Annual report on the working of the mental hospitals in the Madras Presidency - 1912-1932
Year: 1912
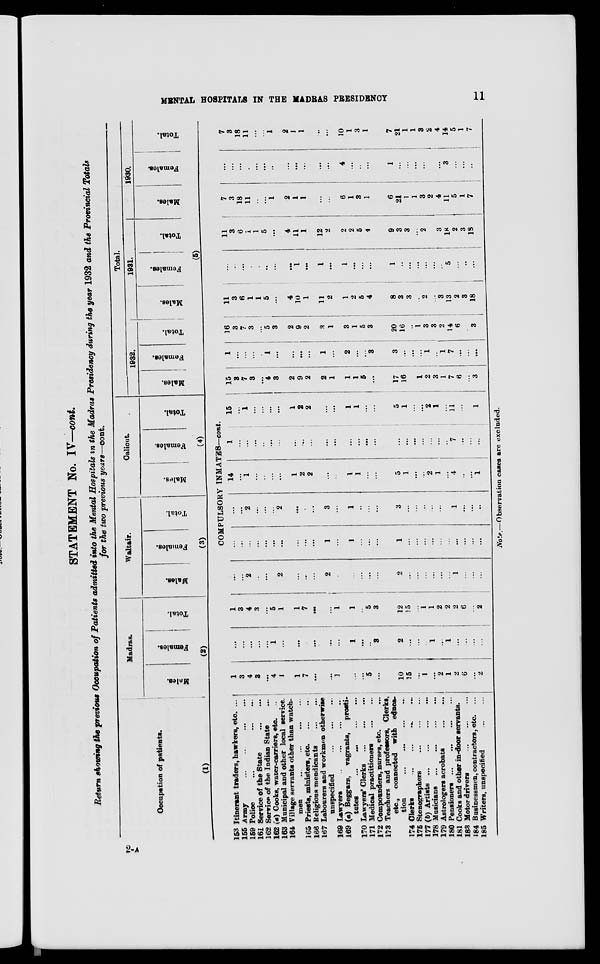
MENTAL HOSPITALS IN THE MADRAS PRESIDENCY
11
STATEMENT No. IV—cont.
Return showing the previous Occupation of Patients admitted into the Mental Hospitals in the Madras Presidency during the year 1932 and the Provincial Totals
for the two previous years—cont.
Occupation of patients.
(1)
153
155
159
161
162
162
163
164
165
166
167
169
169
170
171
172
173
174
175
177
178
179
180
181
183
184
185
Itinerant traders, hawkers, etc. ...
Army ... ... ... ...
Police ... ... ... ...
Service of the State
...
...
Service of the Indian State ...
(a) Cooks, water-carriers, etc. ...
Municipal and other local service.
Village servants other than watch-
men ... ... ... ...
Priests, ministers, etc.
...
...
Religious mendicants
...
...
Labourers and workman otherwise
unspecified
...
...
...
Lawyers
...
...
...
...
(a) Beggars,
vagrants,
prosti-
tutes
...
...
...
...
Lawyers' Clerks
...
...
...
Medical practitioners
...
...
Compounders, nurses, etc. ...
Teachers and professors, Clerks,
etc., connected with educa-
tion
...
... ... ...
Clerks
...
...
...
...
Stenographers
...
...
...
(b)
Artists
...
...
...
...
Musicians
...
...
...
...
Astrologers acrobats
...
...
Pensioners ...
...
...
Cooks and other in-door servants.
Motor drivers
...
...
...
Businessmen, contractors, etc. ...
Writers, unspecified ... ...
Madras.
Males.
Females. Total.
(2)
Waltair.
Males.
Females. Total.
(3)
Calicut.
Males.
Females. Total.
(4)
Total.
1932.
Males. Females. Total.
1931.
Males.
Females.
Total.
1930.
Males.
Females.
Total.
(5)
COMPULSORY INMATES—cont.
1
3
4
3
...
4
1
1
7
...
...
1
...
...
5
...
10
15
...
1
...
2
1
2
6
...
2
...
...
...
...
...
1
...
...
...
...
...
...
1
...
...
3
2
...
...
...
1
...
1
...
...
...
...
1
3
4
3
...
5
1
1
7
...
...
1
1
...
5
3
12
15
...
1
1
2
2
2
6
...
2
...
...
2
...
...
...
2
...
...
...
2
...
...
...
...
...
2
...
...
...
...
...
...
1
...
...
...
...
...
...
...
...
...
...
...
...
...
1
...
1
...
...
...
1
...
...
...
...
...
...
...
...
...
...
...
...
2
...
...
...
2
...
...
...
3
...
1
...
...
...
3
...
...
...
...
...
...
1
...
...
...
14
...
1
...
...
...
...
1
2
2
...
...
1
1
...
...
5
1
...
...
2
1
...
4
...
...
1
1
...
...
...
...
...
...
...
...
...
...
...
...
...
...
...
...
...
...
...
...
...
7
...
...
...
15
...
1
...
...
...
...
1
2
2
...
...
1
1
...
...
5
1
...
...
2
1
...
11
...
...
1
15
3
7
3
...
4
3
2
9
2
2
1
1
1
5
...
17
16
...
1
2
3
1
7
6
...
3
1
...
...
...
...
1
...
...
...
...
1
...
2
...
...
3
3
...
...
...
1
...
1
7
...
...
...
16
3
7
3
...
5
3
2
9
2
3
1
3
1
5
3
20
16
...
1
3
3
2
14
6
...
3
11
3
6
1
1
5
...
4
10
1
11
2
1
2
5
4
8
3
3
...
2
...
3
13
2
3
18
...
...
...
...
...
...
...
...
1
...
1
...
1
...
...
...
1
..
...
...
...
...
...
5
...
...
...
11
3
6
1
1
5
...
4
11
1
12
2
2
2
5
4
9
3
3
...
2
3
18
2
3
18
7
3
18
11
...
...
1
2
1
1
...
...
6
1
3
1
6
21
1
1
3
2
4
11
5
1
7
...
...
...
...
...
...
...
...
...
...
...
...
4
...
...
...
1
...
...
...
...
...
...
3
...
...
...
7
3
18
11
...
...
1
2
1
1
...
...
10
1
3
1
7
21
1
1
3
2
4
14
5
1
7
Note.—Observation cases are excluded.
2—A